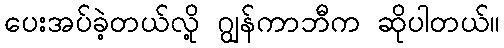
ပေးအပ်ခဲ့တယ်လို့ ဂျွန်ကာဘီက ဆိုပါတယ်။